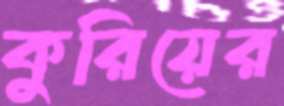
কুরিয়ের